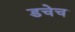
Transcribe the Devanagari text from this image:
डचेच